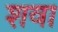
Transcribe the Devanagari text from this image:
शवा